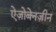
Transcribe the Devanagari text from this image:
ऐज़ोबेनज़ीन